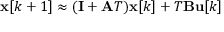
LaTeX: \mathbf { x } [ k + 1 ] \approx ( \mathbf { I } + \mathbf { A } T ) \mathbf { x } [ k ] + T \mathbf { B } \mathbf { u } [ k ]